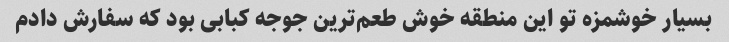
بسیار خوشمزه تو این منطقه خوش طعم‌ترین جوجه کبابی بود که سفارش دادم